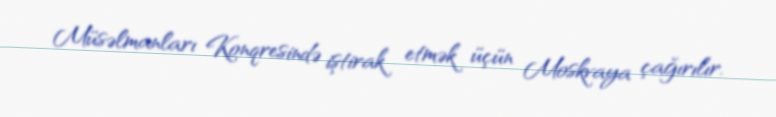
Müsəlmanları Konqresində iştirak etmək üçün Moskvaya çağırılır.